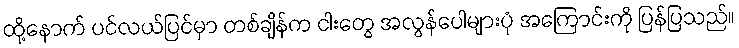
ထို့နောက် ပင်လယ်ပြင်မှာ တစ်ချိန်က ငါးတွေ အလွန်ပေါများပုံ အကြောင်းကို ပြန်ပြသည်။